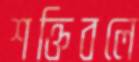
শক্তিবলে